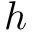
h